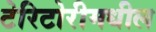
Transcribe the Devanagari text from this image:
टेरिटोरीमधील